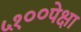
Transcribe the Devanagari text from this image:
५१००पेक्षा